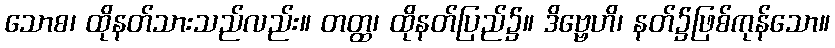
သောစ၊ ထိုနတ်သားသည်လည်း။ တတ္ထ၊ ထိုနတ်ပြည်၌။ ဒိဗ္ဗေဟိ၊ နတ်၌ဖြစ်ကုန်သော။